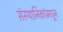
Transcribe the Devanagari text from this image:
संस्थानिकांमधून